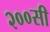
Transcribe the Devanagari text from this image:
२००सी